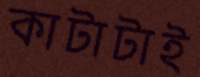
কাটাটাই